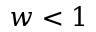
w < 1